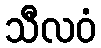
သီလဝံ